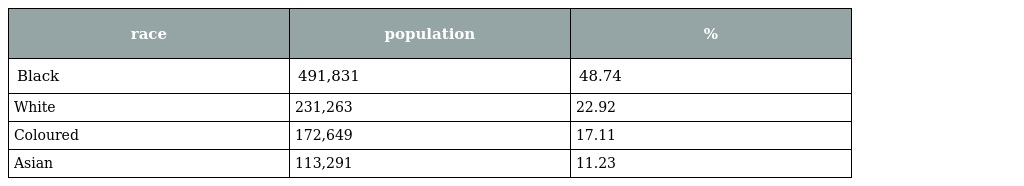
| race | population | % |
 | --- | --- | --- |
 | Black | 491,831 | 48.74 |
 | White | 231,263 | 22.92 |
 | Coloured | 172,649 | 17.11 |
 | Asian | 113,291 | 11.23 |